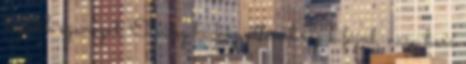
legtöbb szavazat. Elvileg ha közvetlenül rájuk fújod, nagy harc